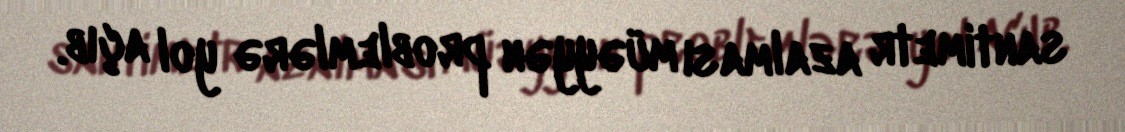
santimetr azalması müəyyən problemlərə yol açıb.